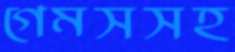
গেমসসহ